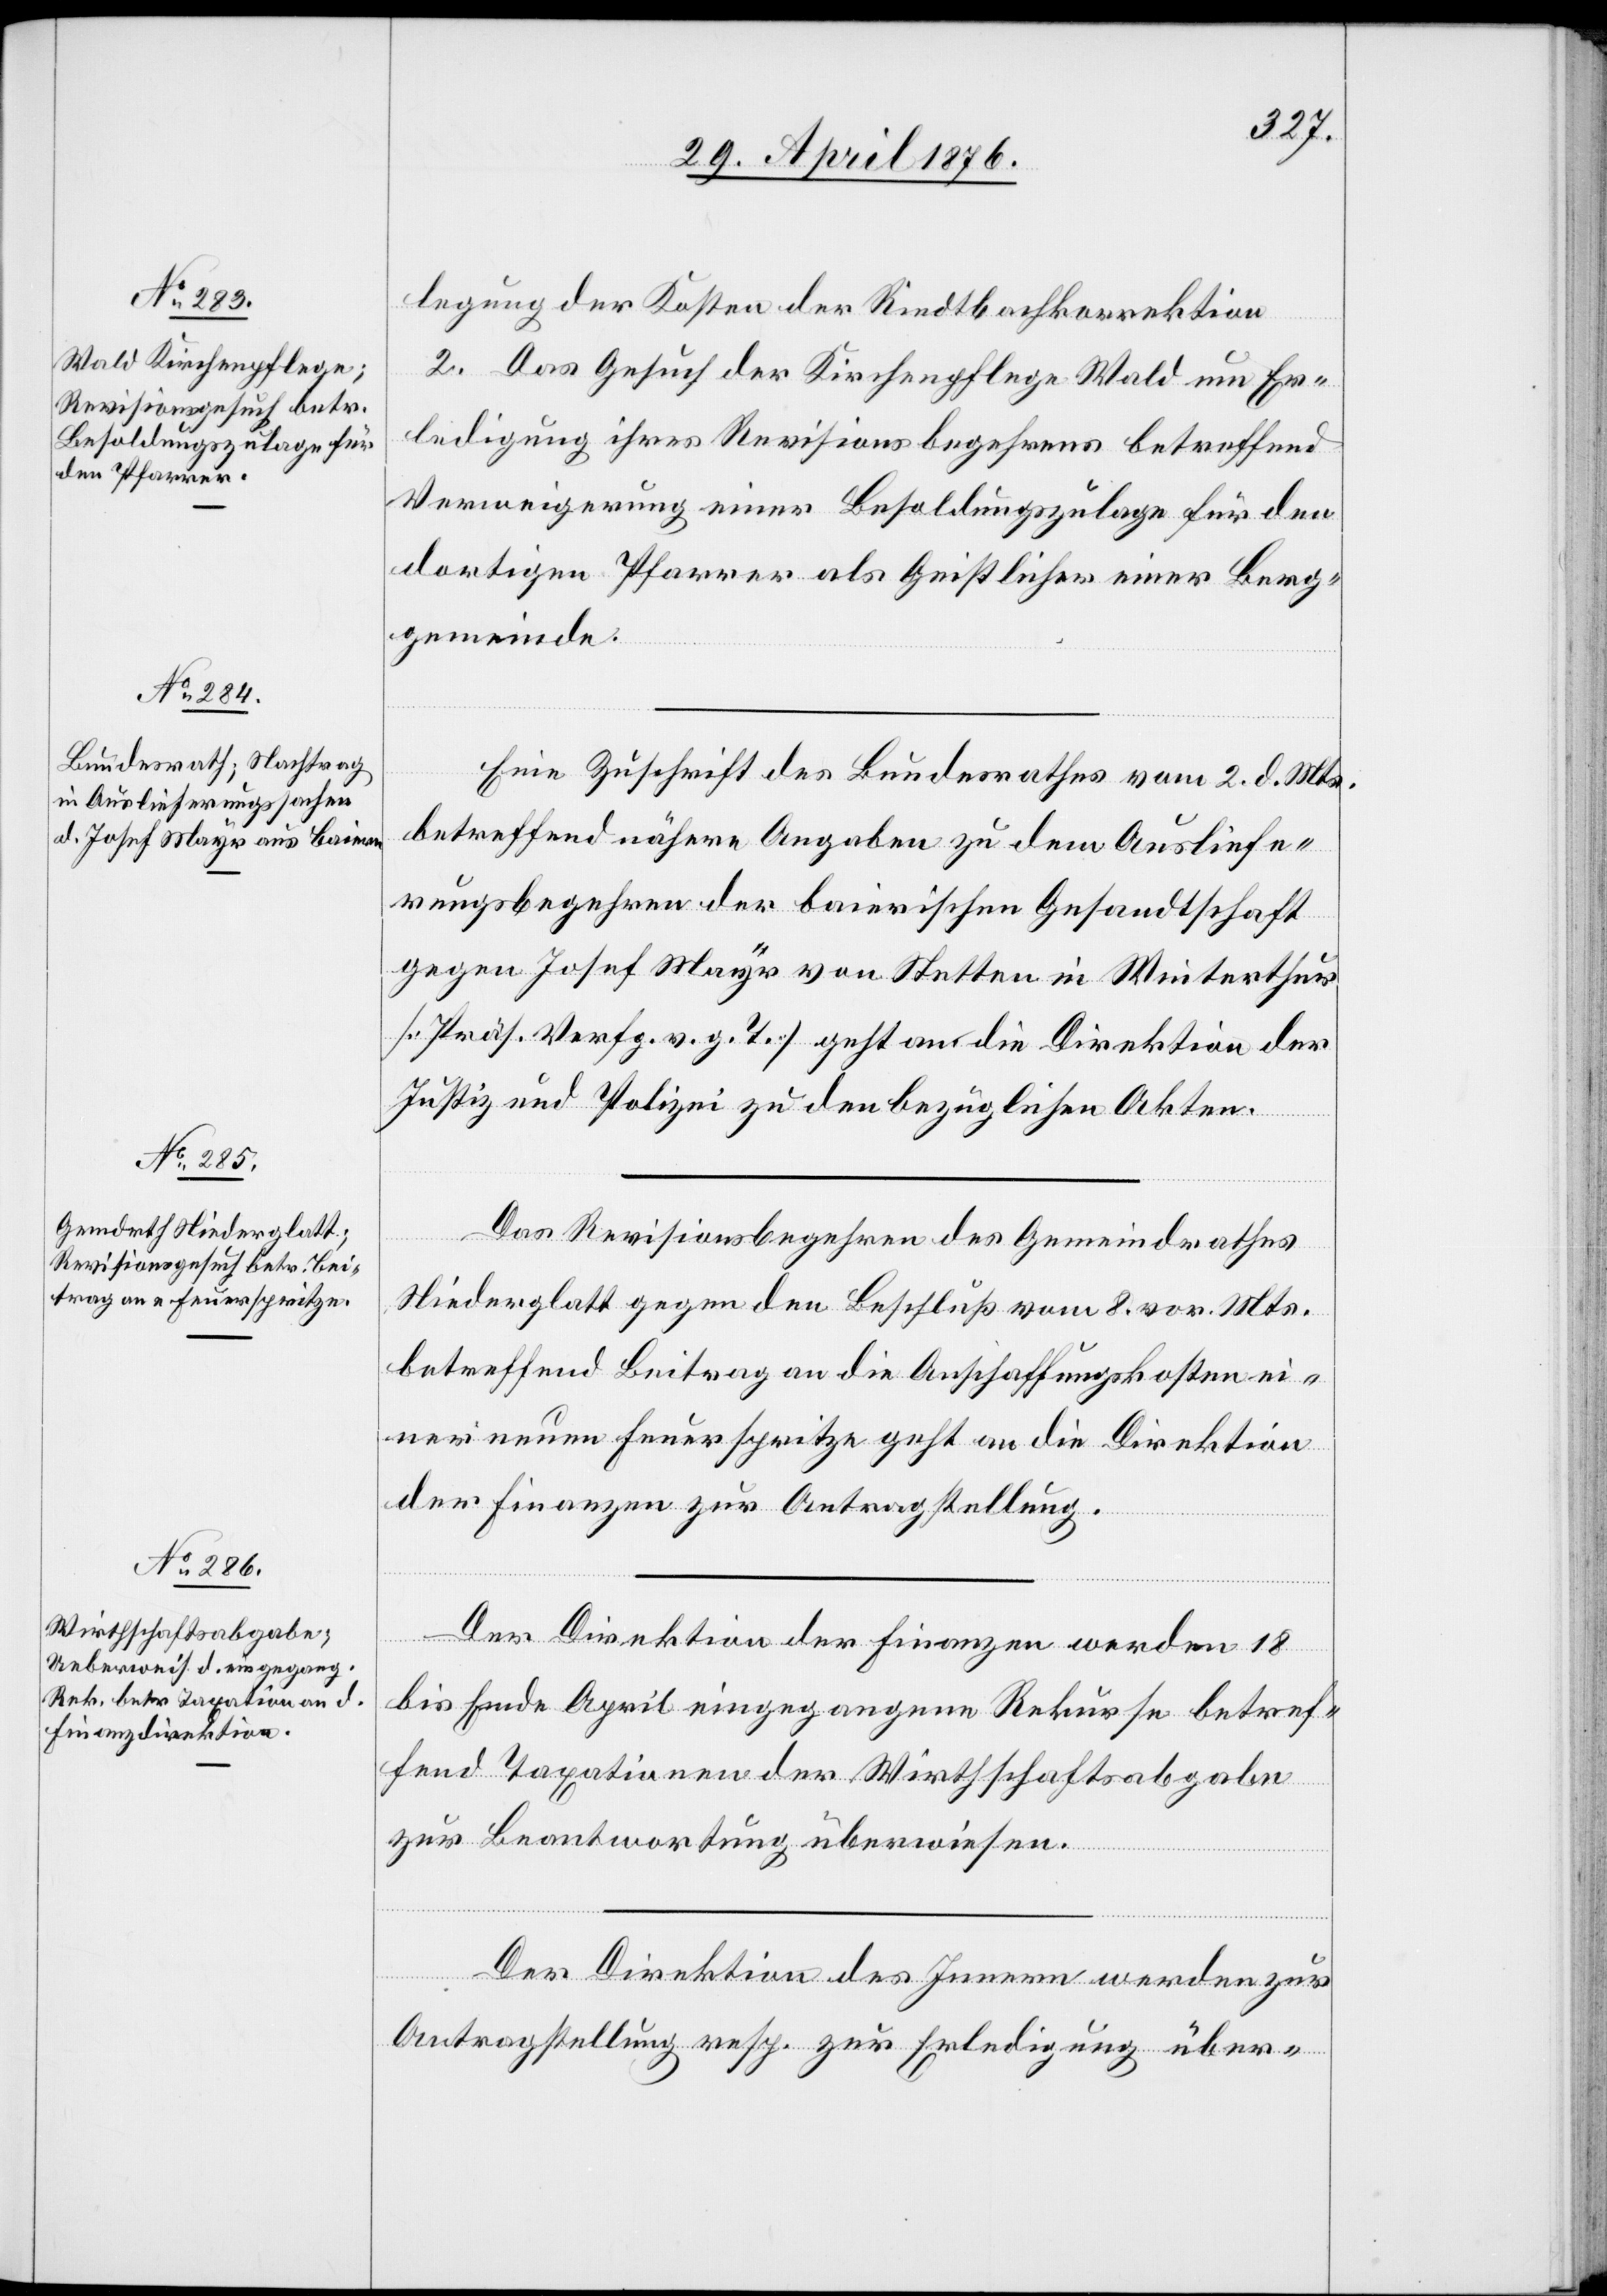
legung der Kosten der Riedtbachkorrektion[.]
Mai
2. Das Gesuch der Kirchenpflege Wald um Er¬
ledigung ihres Revisionsbegehrens betreffend
Verweigerung einer Besoldungszulage für den
dortigen Pfarrer als Geistlicher einer Berg¬
gemeinde.
Eine Zuschrift des Bundesrathes vom 2. d. Mts.
betreffend nähere Angaben zu dem Ausliefe¬
rungsbegehren der baierischen Gesandtschaft
gegen Josef Mayr von Stetten in Winterthur
[Präs. Verfg. v. g. T.] geht an die Direktion der
Justiz und Polizei zu den bezüglichen Akten.
Das Revisionsbegehren des Gemeindrathes
Niederglatt gegen den Beschluß vom 8. vor. Mts.
betreffend Beitrag an die Anschaffungskosten ei¬
ner neuen Feuerspritze geht an die Direktion
der Finanzen zur Antragstellung.
Mai
Der Direktion der Finanzen werden 18
bis Ende April eingegangene Rekurse betref¬
fend Taxationen der Wirtschaftsabgabe
zur Beantwortung überwiesen.
Der Direktion des Innern werden zur
Antragstellung resp. zur Erledigung über-